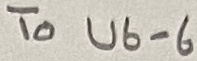
Text: To U6-6